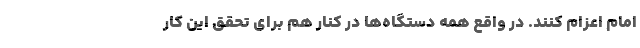
امام اعزام کنند. در واقع همه دستگاه‌ها در کنار هم برای تحقق این کار